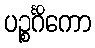
ပဉ္စင်္ဂိကော